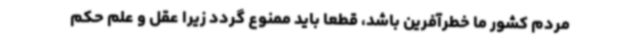
مردم کشور ما خطرآفرین باشد، قطعا باید ممنوع گردد زیرا عقل و علم حکم